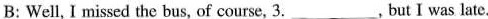
B: Well, I missed the bus, of course, 3.___,but I was late.